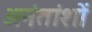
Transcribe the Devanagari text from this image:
अनंतांशों